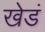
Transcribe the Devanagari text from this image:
खेडं